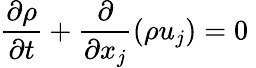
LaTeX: \frac{\partial\rho}{\partial t}+\frac{\partial}{\partial x_{j}}(\rho u_{j})=0\mathrm{~}